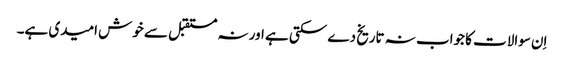
اِن سوالات کا جواب نہ تاریخ دے سکتی ہے اور نہ مستقبل سے خوش امیدی ہے۔